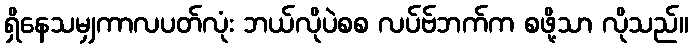
ရှိနေသမျှကာလပတ်လုံး ဘယ်လိုပဲစစ လပ်ဗ်ဘက်က စဖို့သာ လိုသည်။